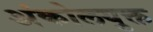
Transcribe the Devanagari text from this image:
अंकोलयुक्त